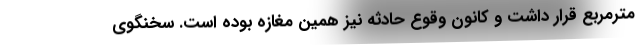
مترمربع قرار داشت و کانون وقوع حادثه نیز همین مغازه بوده است. سخنگوی